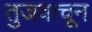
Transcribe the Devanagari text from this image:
तुजवाचून